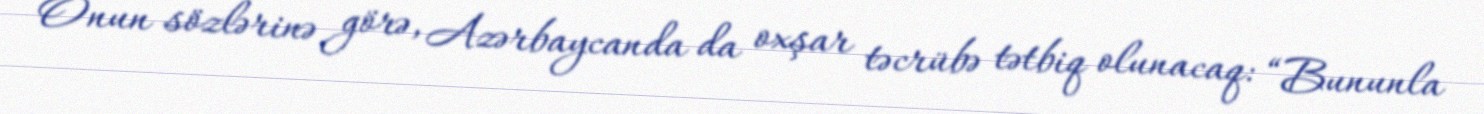
Onun sözlərinə görə, Azərbaycanda da oxşar təcrübə tətbiq olunacaq: “Bununla